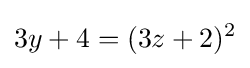
3y+4=(3z+2)^{2}